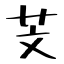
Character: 芠